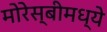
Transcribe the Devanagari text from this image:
मोरेस्बीमध्ये